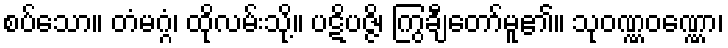
စပ်သော။ တံမဂ္ဂံ၊ ထိုလမ်းသို့။ ပဋိပဇ္ဇိ၊ ကြွချီတော်မူ၏။ သုဝဏ္ဏဝဏ္ဏော၊